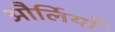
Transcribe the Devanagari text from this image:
और्लियाँ